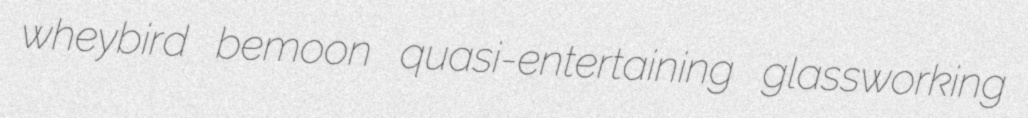
wheybird bemoon quasi-entertaining glassworking